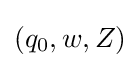
(q_{0},w,Z)